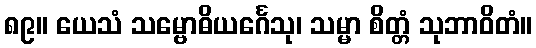
၈၉။ ယေသံ သမ္ဗောဓိယင်္ဂေသု၊ သမ္မာ စိတ္တံ သုဘာဝိတံ။